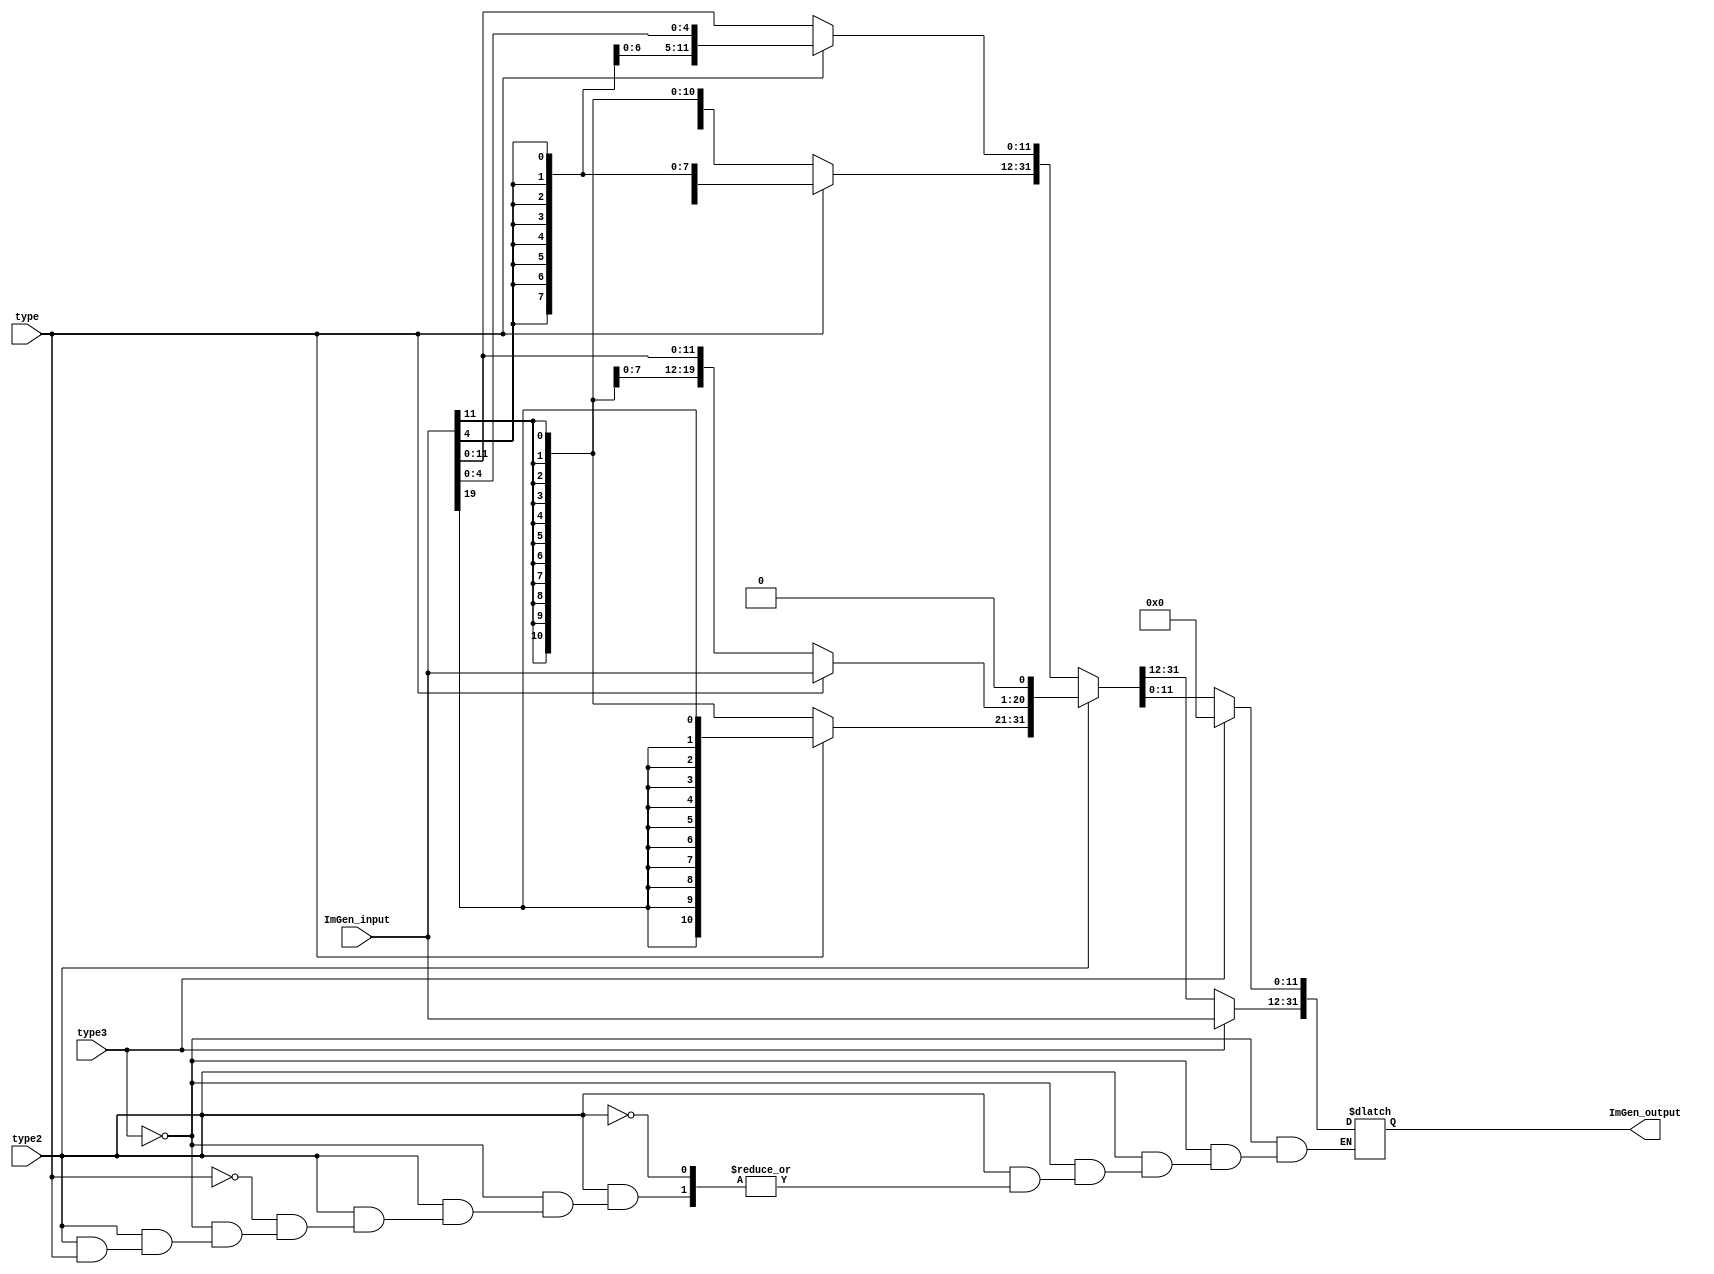
`timescale 1ns/1ns
module ImmediateGenerator (ImGen_input, type, type2,type3, ImGen_output);
    input [19:0] ImGen_input;
    output reg [31:0] ImGen_output;
    input type, type2, type3;

always @(*) 
begin 
if (type3 ==0)
begin
    if (type2 == 0) 
    begin
        
        if (type == 0) 
        begin
            ImGen_output[31:11] = {21{ImGen_input[11]}};
            ImGen_output[11:0] = ImGen_input[11:0];
        end

        else if(type == 1)
        begin
            ImGen_output[31:5] = {28{ImGen_input[4]}};
            ImGen_output[4:0] = ImGen_input[4:0];
        end
    end
    else if (type2 == 1)
    begin
            if (type == 0) 
            begin
            ImGen_output[31:13] = {19{ImGen_input[11]}};
            ImGen_output[12:1] = ImGen_input[11:0];
            ImGen_output[0] = 1'b0;
            end

            if (type == 1)
            begin
            ImGen_output[31:21] = {11{ImGen_input[19]}};
            ImGen_output[20:1] = ImGen_input[19:0];
            ImGen_output[0] = 1'b0;            
            end
    end

end    
else
begin
ImGen_output[31:12] = ImGen_input;
ImGen_output[11:0] = 12'd0; 
end

end

endmodule